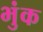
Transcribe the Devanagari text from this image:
भुंक